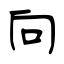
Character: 向